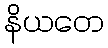
နိယတေ